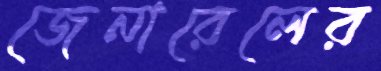
জেনারেলের